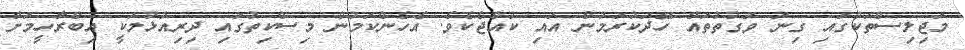
މަޖިލިސްތަކުގައި ގިނަ ވަގުތުތައް ހޭދަކުރަމުން އައި ކުއްޖެކެވެ. އެހެންކަމުން މިސްކިތުގައި ދިރިއުޅުމަކީ އިބްރާހީމަށް